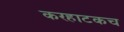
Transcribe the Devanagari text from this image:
करहाटकच